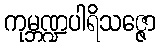
ကုမ္ဘဏ္ဍပါရိသဇ္ဇော